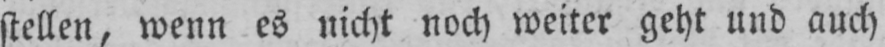
stellen, wenn es nicht noch weiter geht und auch